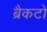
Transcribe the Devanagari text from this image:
ब्रैकटों